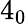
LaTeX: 4_{0}